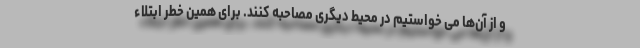
و از آن‌ها می خواستیم در محیط دیگری مصاحبه کنند. برای همین خطر ابتلاء